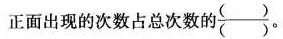
正面出现的次数占总次数的\frac {} {}。